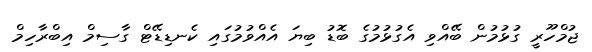
ޖުމްހޫރީ ގުޅުމުން ބޭއްވި އެގުޅުމުގެ ބޮޑު ބިޔަ އެއްވުމުގައި ކެނޑިޑޭޓް ގާސިމް އިބްރާހިމް